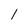
Character: 1